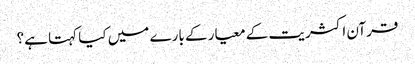
قرآن اکثریت کے معیار کے بارے میں کیا کہتا ہے؟